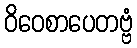
ဝိဝေစာပေတဗ္ဗံ